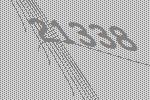
21338